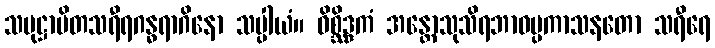
သမုဋ္ဌာပိတသရီရဂန္ဓရာဂိနော သပ္ပါယံ။ ဝိစ္ဆိဒ္ဒကံ အန္တောသုသိရဘာဝပ္ပကာသနတော သရီရေ